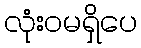
လုံးဝမရှိပေ